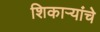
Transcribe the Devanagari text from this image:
शिकाऱ्यांचे